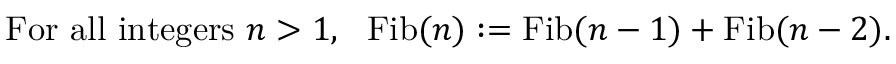
{ \mathrm { F o r ~ a l l ~ i n t e g e r s ~ } } n > 1 , ~ { \mathrm { ~ F i b } } ( n ) : = { \mathrm { F i b } } ( n - 1 ) + { \mathrm { F i b } } ( n - 2 ) .